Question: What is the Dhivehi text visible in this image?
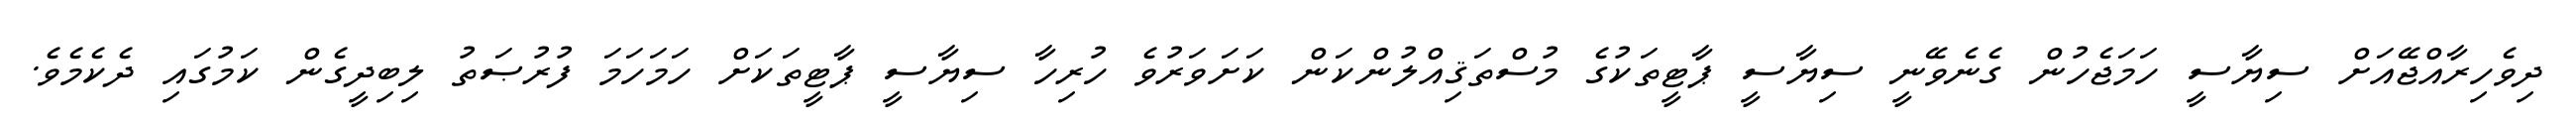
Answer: ދިވެހިރާއްޖޭއަށް ސިޔާސީ ހަމަޖެހުން ގެނެވޭނީ ސިޔާސީ ޕާޓީތަކުގެ މުސްތަޤިއްލުންކަން ކަށަވަރުވެ ހުރިހާ ސިޔާސީ ޕާޓީތަކަށް ހަމަހަމަ ފުރުޞަތު ލިބިދީގެން ކަމުގައި ދެކެމެވެ.